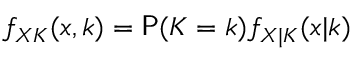
f _ { X K } ( x , k ) = \mathsf P ( K = k ) f _ { X | K } ( x | k )